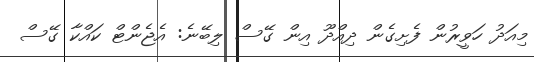
މިއަދު ހަވީރުން ފެށިގެން ދިއްދޫ އިން ގޭސް ލިބޭނެ: އެޖެންޓް ކައްކާ ގޭސް